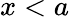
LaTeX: x<a